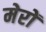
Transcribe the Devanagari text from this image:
मेरों